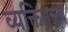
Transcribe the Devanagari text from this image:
व्यक्तिमत्त्त्व